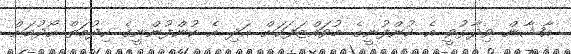
އާޝާން ވިދާޅުވީ އެ ކުންފުނީގެ މުވައްޒަފަކަށް އަދި އެ ކުންފުންނީގެ ހިދުމަތް ހޯދުމަށް